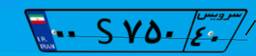
۶۰S۷۲۹۷۱